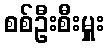
စစ်ဦးစီးမှူး